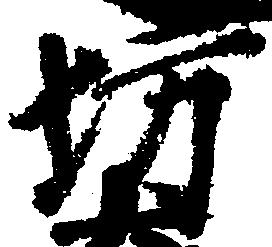
坊